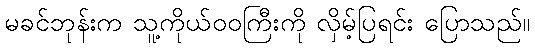
မခင်ဘုန်းက သူ့ကိုယ်ဝဝကြီးကို လှိမ့်ပြရင်း ပြောသည်။